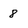
Character: 8